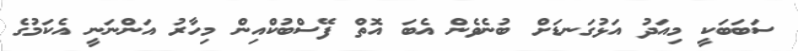
ސަބަބަކީ މިއަދު އަޅުގަނޑަށް ބުނެވެން އެބަ އޮތް ފޭސްބުކްއިން މިހާރު އަންނަނީ އެކަމުގެ